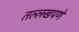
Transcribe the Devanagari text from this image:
तल्लखपणे